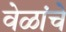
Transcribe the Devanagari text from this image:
वेळांचे